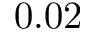
0 . 0 2